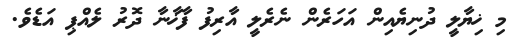
މި ޚިޔާލީ ދުނިޔެއިން އަހަރެން ނެރެލީ އާރިފު ފާޚާނާ ދޮރު ލެއްޕި އަޑެވެ.